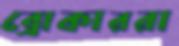
ব্রোকাররা